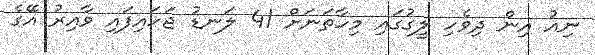
ނިއު އިން ދިވެހި ލީގުގައި މިހާތަނަށް 41 ލަނޑު ޖަހައިފައި ވާއިރު އޭގެ